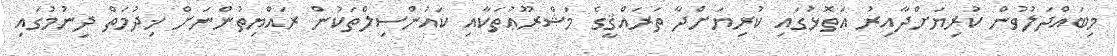
މިބައްދަލުވުން ކުރިޔަށްދާއިރު އަތޮޅުގައި ކުރިޔަށްދާ ތަރައްޤީގެ މަޝްރޫޢުތަކާއި ކައުންސިލްތަކުން ރައްޔިތުންނަށް ޚިދުމަތް ދިނުމުގައި